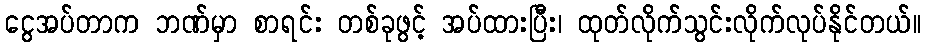
ငွေအပ်တာက ဘဏ်မှာ စာရင်း တစ်ခုဖွင့် အပ်ထားပြီး၊ ထုတ်လိုက်သွင်းလိုက်လုပ်နိုင်တယ်။